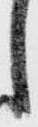
し